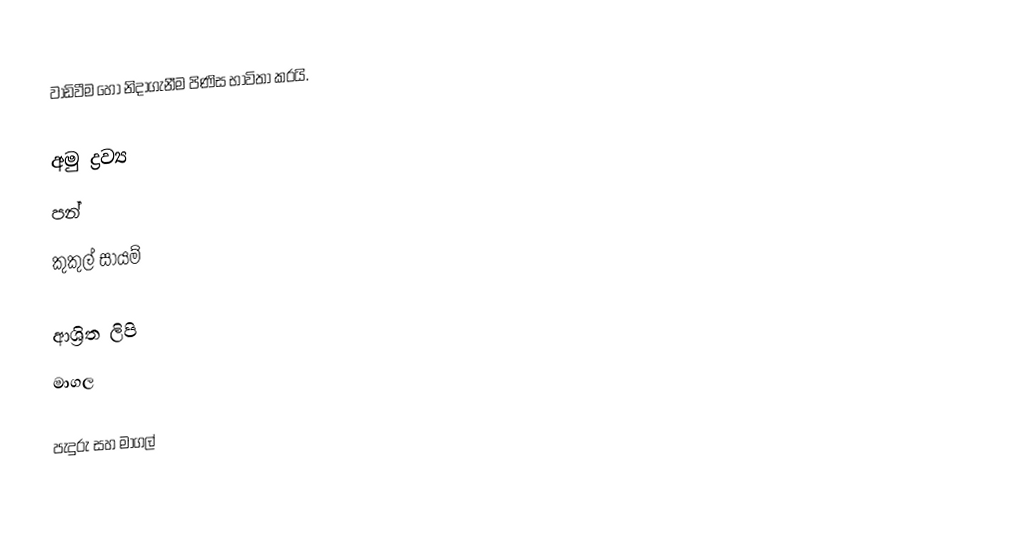
වාඩිවීම හෝ නිදාගැනීම පිණිස භාවිතා කරයි.

අමු ද්‍රව්‍ය
පන්
කුකුල් සායම්

ආශ්‍රිත ලිපි
 මාගල

පැදුරු සහ මාගල්